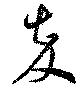
卒